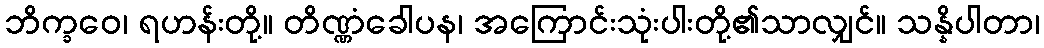
ဘိက္ခဝေ၊ ရဟန်းတို့။ တိဏ္ဏံခေါပန၊ အကြောင်းသုံးပါးတို့၏သာလျှင်။ သန္နိပါတာ၊